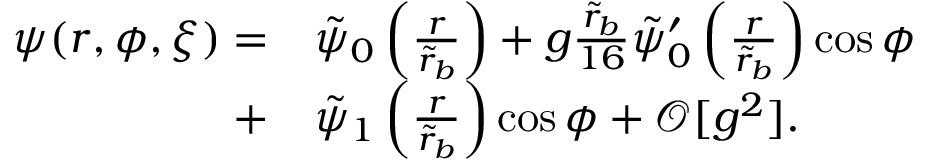
\begin{array} { r l } { \psi ( r , \phi , \xi ) = } & { \tilde { \psi } _ { 0 } \left( \frac { r } { \tilde { r } _ { b } } \right) + g \frac { \tilde { r } _ { b } } { 1 6 } \tilde { \psi } _ { 0 } ^ { \prime } \left( \frac { r } { \tilde { r } _ { b } } \right) \cos \phi } \\ { + } & { \tilde { \psi } _ { 1 } \left( \frac { r } { \tilde { r } _ { b } } \right) \cos \phi + \mathcal { O } [ g ^ { 2 } ] . } \end{array}